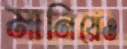
মানিয়েও